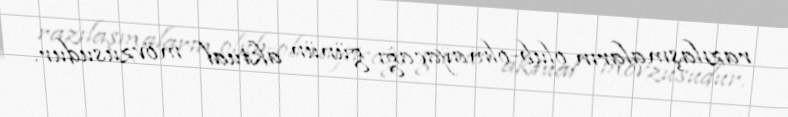
razılaşmaların olub-olmayacağı günün aktual mövzusudur.